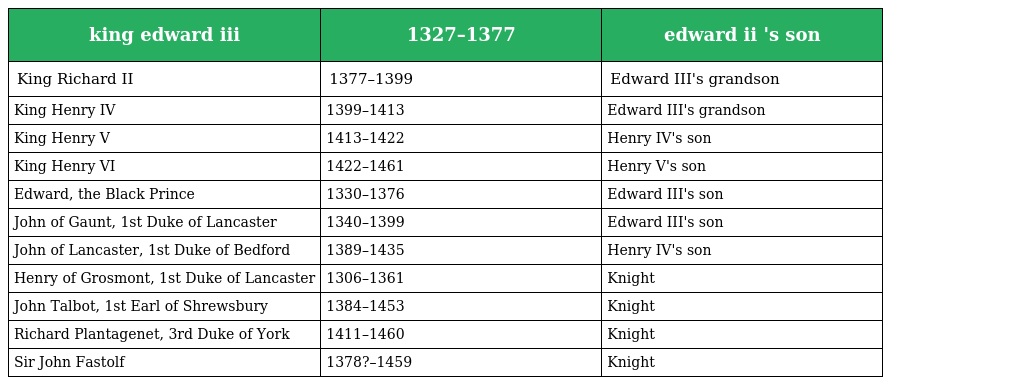
| king edward iii | 1327–1377 | edward ii 's son |
 | --- | --- | --- |
 | King Richard II | 1377–1399 | Edward III's grandson |
 | King Henry IV | 1399–1413 | Edward III's grandson |
 | King Henry V | 1413–1422 | Henry IV's son |
 | King Henry VI | 1422–1461 | Henry V's son |
 | Edward, the Black Prince | 1330–1376 | Edward III's son |
 | John of Gaunt, 1st Duke of Lancaster | 1340–1399 | Edward III's son |
 | John of Lancaster, 1st Duke of Bedford | 1389–1435 | Henry IV's son |
 | Henry of Grosmont, 1st Duke of Lancaster | 1306–1361 | Knight |
 | John Talbot, 1st Earl of Shrewsbury | 1384–1453 | Knight |
 | Richard Plantagenet, 3rd Duke of York | 1411–1460 | Knight |
 | Sir John Fastolf | 1378?–1459 | Knight |